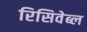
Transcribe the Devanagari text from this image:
रिसिवेब्ल